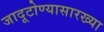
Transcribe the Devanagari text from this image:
जादूटोण्यासारख्या